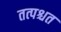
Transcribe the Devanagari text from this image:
तत्पश्चत